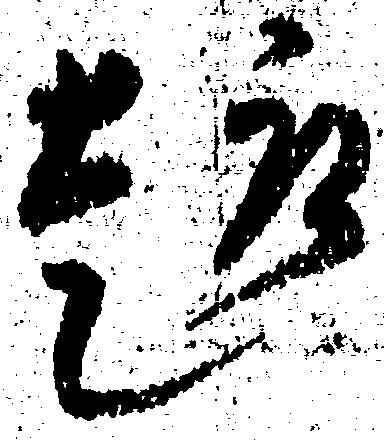
趣